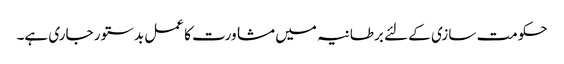
حکومت سازی کے لئے برطانیہ میں مشاورت کا عمل بدستور جاری ہے۔